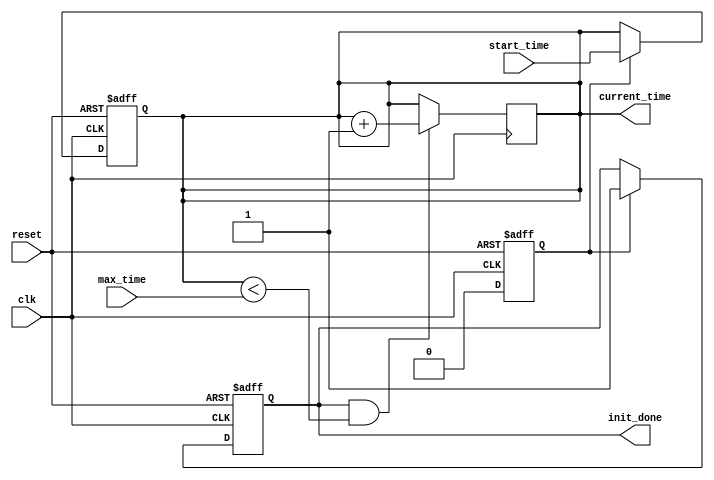
module simulation_time_init (
    input wire clk,              // Clock input
    input wire reset,            // Reset input
    input wire [31:0] start_time,// Initial simulation time
    input wire [31:0] max_time,  // Maximum simulation time
    output reg [31:0] current_time, // Current simulation time
    output reg init_done         // Initialization done flag
);

    // Internal state variable to track if initialization is in progress
    reg initializing;

    // State initialization process
    always @(posedge clk or posedge reset) begin
        if (reset) begin
            // On reset, initialize the simulation time and flags
            current_time <= 32'b0;
            init_done <= 1'b0;
            initializing <= 1'b1;
        end
        else if (initializing) begin
            // Set starting time once initialization process begins
            current_time <= start_time;
            initializing <= 1'b0;
            init_done <= 1'b1;
        end
    end

    // Time progression logic
    always @(posedge clk) begin
        if (init_done && (current_time < max_time)) begin
            // Increment current_time by 1 clock cycle
            current_time <= current_time + 1;
        end 
    end

    // Optional: Monitor current_time for debugging purposes
    initial begin
        $monitor("Current Time: %d, Init Done: %b", current_time, init_done);
    end

endmodule